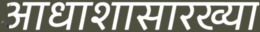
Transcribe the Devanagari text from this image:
आधाशासारख्या